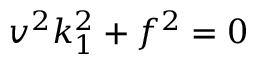
v ^ { 2 } k _ { 1 } ^ { 2 } + f ^ { 2 } = 0